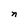
Character: n